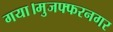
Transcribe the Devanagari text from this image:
गया।मुजफ्फरनगर